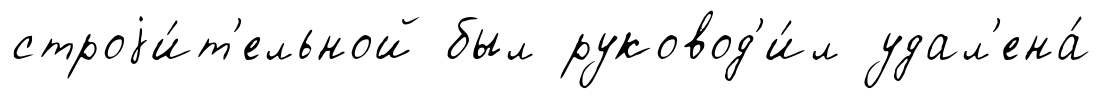
строjи́т'ельной был руковод'и́л удал'ена́